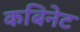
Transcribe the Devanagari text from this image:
कबिनेट